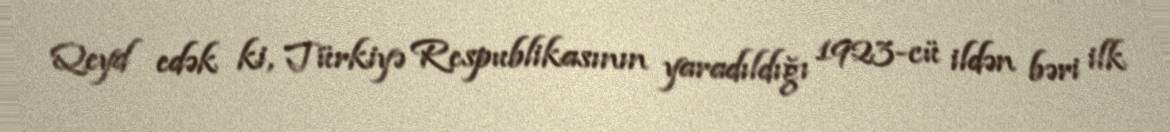
Qeyd edək ki, Türkiyə Respublikasının yaradıldığı 1923-cü ildən bəri ilk